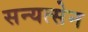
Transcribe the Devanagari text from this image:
सन्यत्सेन